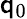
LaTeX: \mathsf{q}_{0}